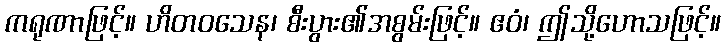
ကရုဏာဖြင့်။ ဟိတဝသေန၊ စီးပွား၏အစွမ်းဖြင့်။ ဧဝံ၊ ဤသို့ဟောသဖြင့်။